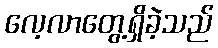
လေ့လာတွေ့ရှိခဲ့သည်